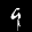
Label: 9